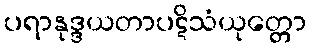
ပရာနုဒ္ဒယတာပဋိသံယုတ္တော